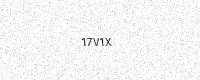
Text: 17V1X